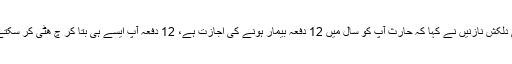
جب ہماری نوکری کا پہلا دِن تھا تو ایچ آر کی دِلکش نازنیں نے کہا کہ حارث آپ کو سال میں 12 دفعہ بیمار ہونے کی اجازت ہے، 12 دفعہ آپ ایسے ہی بتا کر چ ھٹی کر سکتے ہیں، 12 سالانہ چ ھٹیاں ا س کے علاوہ ہیں۔